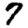
Digit: 7